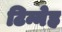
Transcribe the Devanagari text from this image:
टिन्नेह